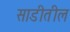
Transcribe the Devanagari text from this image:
साडीतील